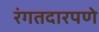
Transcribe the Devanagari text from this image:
रंगतदारपणे